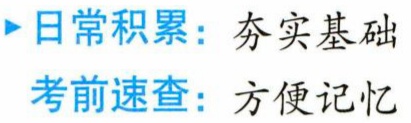
日常积累：夯实基础

考前速查：方便记忆